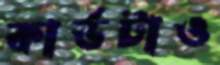
কার্ডটাও